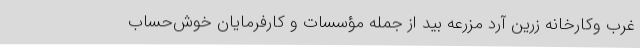
غرب وکارخانه زرین آرد مزرعه بید از جمله مؤسسات و کارفرمایان خوش‌حساب